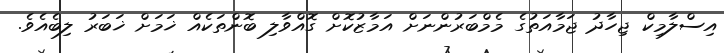
އިސްލާމިކް ޖިހާދު ޖަމާއަތުގެ މެމްބަރުންނަށް އަމާޒުކޮށް ގޮއްވާލި ބޮންތަކެއް ޚަމަށް ޚަބަރު ލިބެއެވެ.